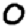
Digit: 0